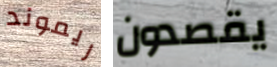
ريموند يقصدون